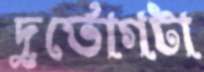
দুর্ভোগটা